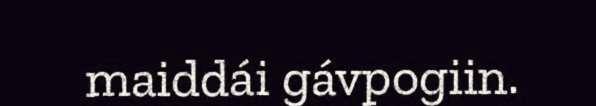
maiddái gávpogiin.